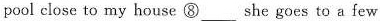
pool close to my house ⑧___she goes to a few